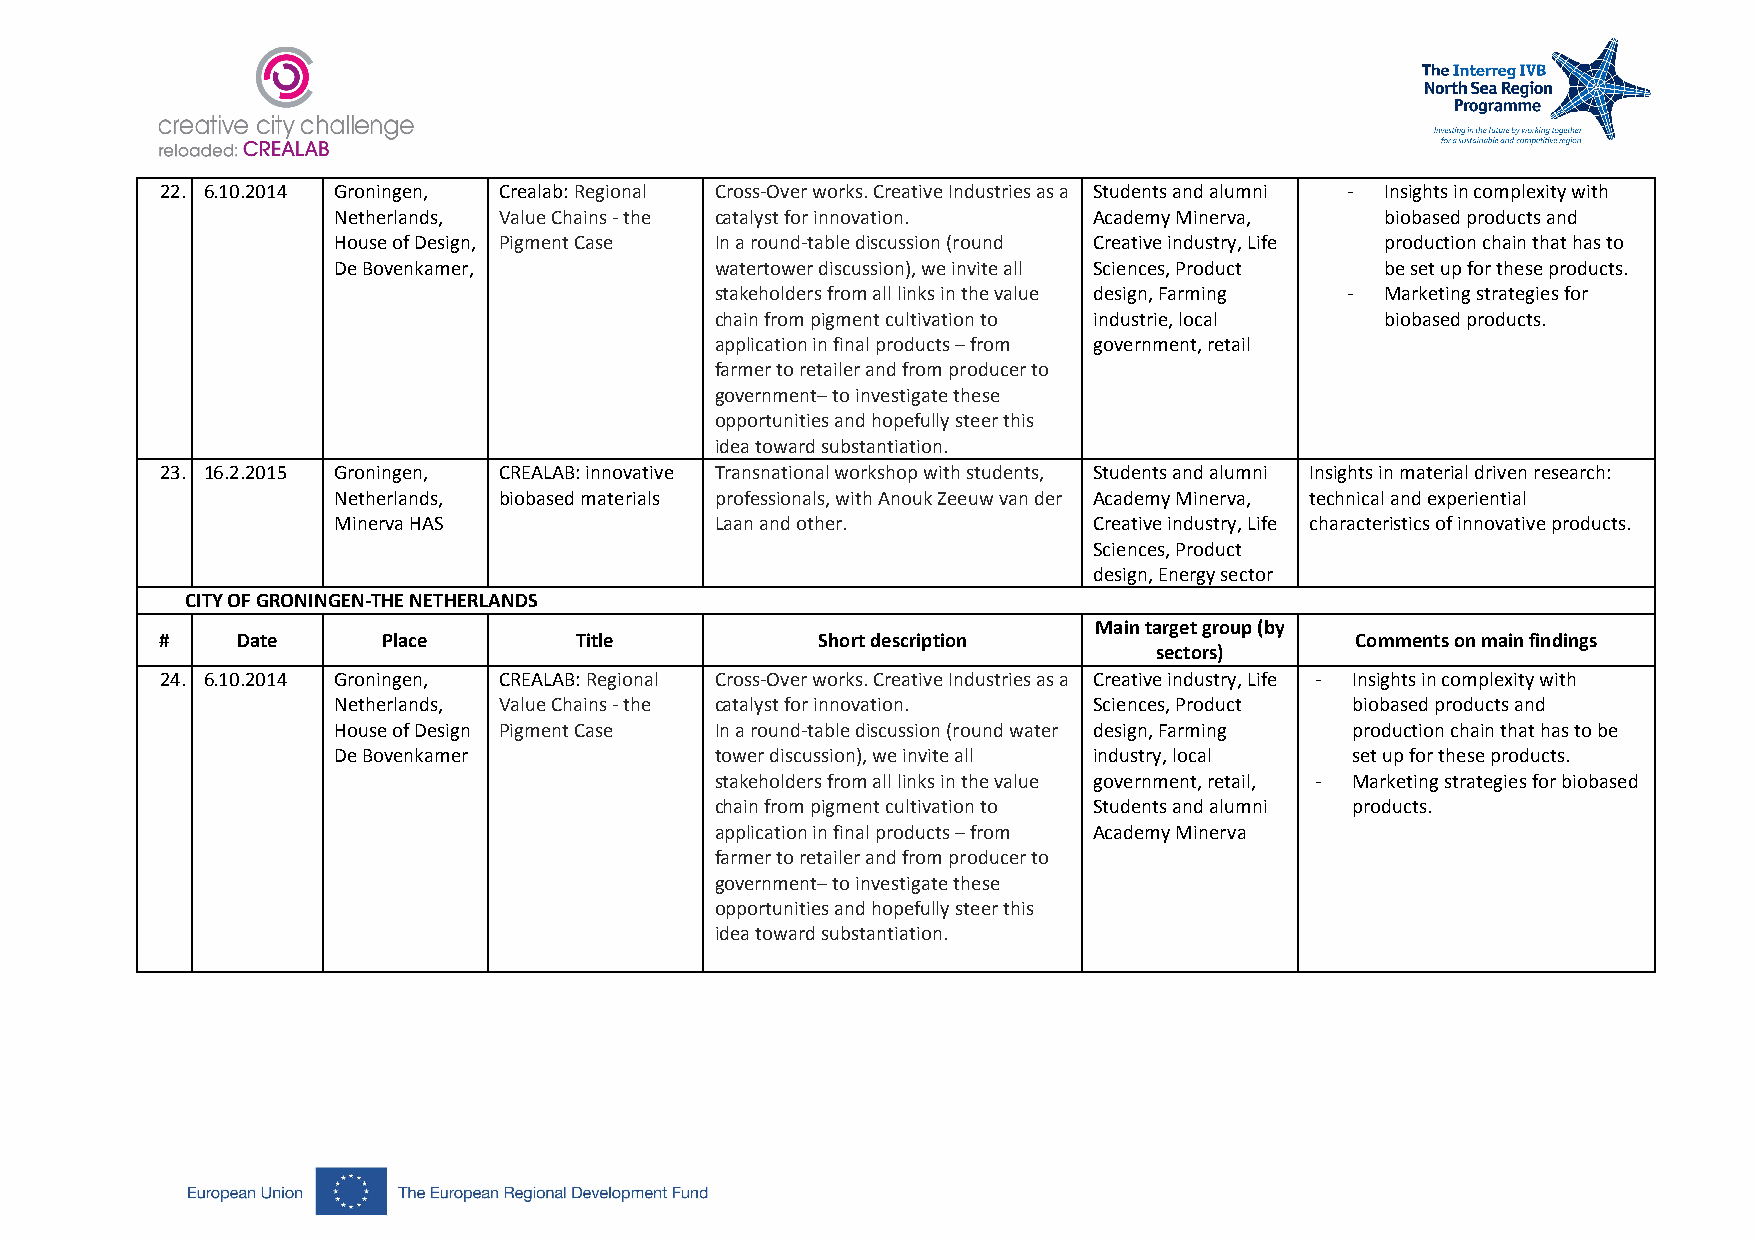
22. 6.10.2014 Groningen, Crealab: Regional Cross-Over works. Creative Industries as a Students and alumni - Insights in complexity with
 Netherlands, Value Chains - the catalyst for innovation. Academy Minerva, biobased products and
 House of Design, Pigment Case In a round-table discussion (round Creative industry, Life production chain that has to
 De Bovenkamer,           watertower discussion), we invite all Sciences, Product be set up for these products.
 stakeholders from all links in the value design, Farming - Marketing strategies for
 chain from pigment cultivation to industrie, local biobased products.
 application in final products – from government, retail
 farmer to retailer and from producer to
 government– to investigate these
 opportunities and hopefully steer this
 idea toward substantiation.
 23. 16.2.2015 Groningen, CREALAB: innovative Transnational workshop with students, Students and alumni Insights in material driven research:
 Netherlands, biobased materials professionals, with Anouk Zeeuw van der Academy Minerva, technical and experiential
 Minerva HAS              Laan and other.          Creative industry, Life characteristics of innovative products.
 Sciences, Product
 design, Energy sector
 CITY OF GRONINGEN-THE NETHERLANDS
 Main target group (by
 #    Date     Place        Title           Short description                   Comments on main findings
 sectors)
 24. 6.10.2014 Groningen, CREALAB: Regional Cross-Over works. Creative Industries as a Creative industry, Life - Insights in complexity with
 Netherlands, Value Chains - the catalyst for innovation. Sciences, Product biobased products and
 House of Design Pigment Case In a round-table discussion (round water design, Farming production chain that has to be
 De Bovenkamer            tower discussion), we invite all industry, local set up for these products.
 stakeholders from all links in the value government, retail, - Marketing strategies for biobased
 chain from pigment cultivation to Students and alumni products.
 application in final products – from Academy Minerva
 farmer to retailer and from producer to
 government– to investigate these
 opportunities and hopefully steer this
 idea toward substantiation.